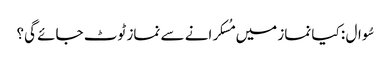
سُوال : کیا نماز میں مُسکرانے سے نماز ٹوٹ جائے گی؟